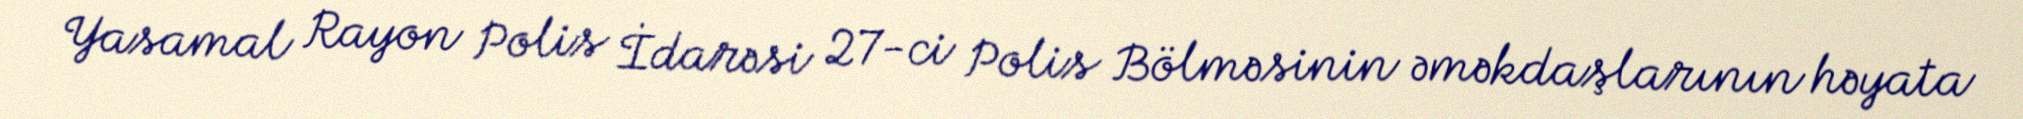
Yasamal Rayon Polis İdarəsi 27-ci Polis Bölməsinin əməkdaşlarının həyata